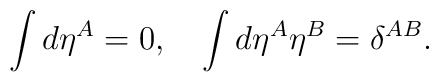
\int d\eta^A=0, \quad \int d\eta^A \eta^B= \delta^{AB}.